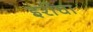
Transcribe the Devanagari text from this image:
इरींचा